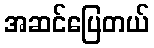
အဆင်ပြေတယ်